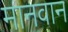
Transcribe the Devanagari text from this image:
मानवान